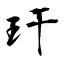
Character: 玕